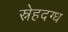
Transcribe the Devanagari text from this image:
स्नेहदग्ध